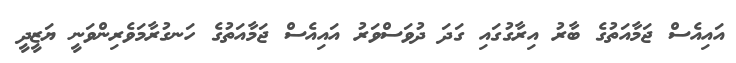
އައިއެސް ޖަމާއަތުގެ ބާރު އިރާގުގައި ގަދަ ދުވަސްވަރު އައިއެސް ޖަމާއަތުގެ ހަނގުރާމަވެރިންވަނީ ޔަޒީދީ